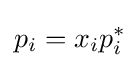
p_{i}=x_{i}p_{i}^{*}